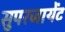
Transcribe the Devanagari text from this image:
सुपरजायेंट